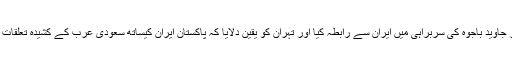
پاک فوج نے اپنے سربراہ جنرل قمر جاوید باجوہ کی سربراہی میں ایران سے رابطہ کیا اور تہران کو یقین دلایا کہ پاکستان ایران کیساتھ سعودی عرب کے کشیدہ تعلقات کے معاملے کا پُرامن حل چاہتا ہے۔